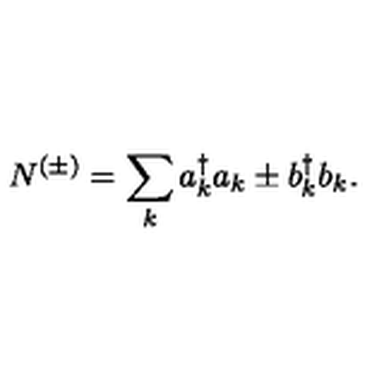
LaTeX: N ^ { ( \pm ) } = \sum _ { k } a _ { k } ^ { \dagger } a _ { k } \pm b _ { k } ^ { \dagger } b _ { k } .